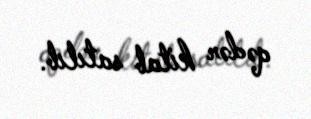
qədər kitab satılıb.